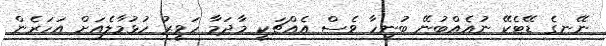
ނޭނގެ ޑޭޓެކޭ ނުއެއްބުނޭ ބުނިހާ ވެސް އެއްޗަކީ މާދަމާ ހަވީރު ހުޅުމާލެއަށް އަހަރެން